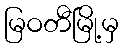
မြဝတီမြို့မှ